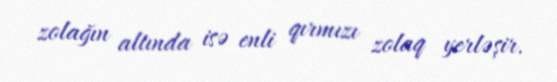
zolağın altında isə enli qırmızı zolaq yerləşir.